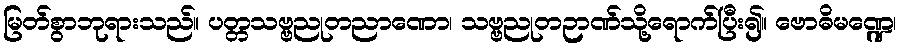
မြတ်စွာဘုရားသည်။ ပတ္တသဗ္ဗညုတညာဏော၊ သဗ္ဗညုတဉာဏ်သို့ရောက်ပြီး၍။ ဗောဓိမဏ္ဍေ၊